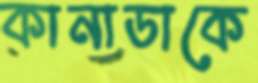
কানাডাকে